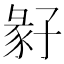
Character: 𡦁